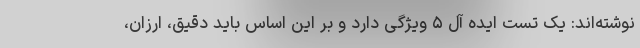
نوشته‌اند: یک تست ایده آل ۵ ویژگی دارد و بر این اساس باید دقیق، ارزان،